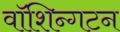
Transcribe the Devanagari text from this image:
वॉशिन्गटन